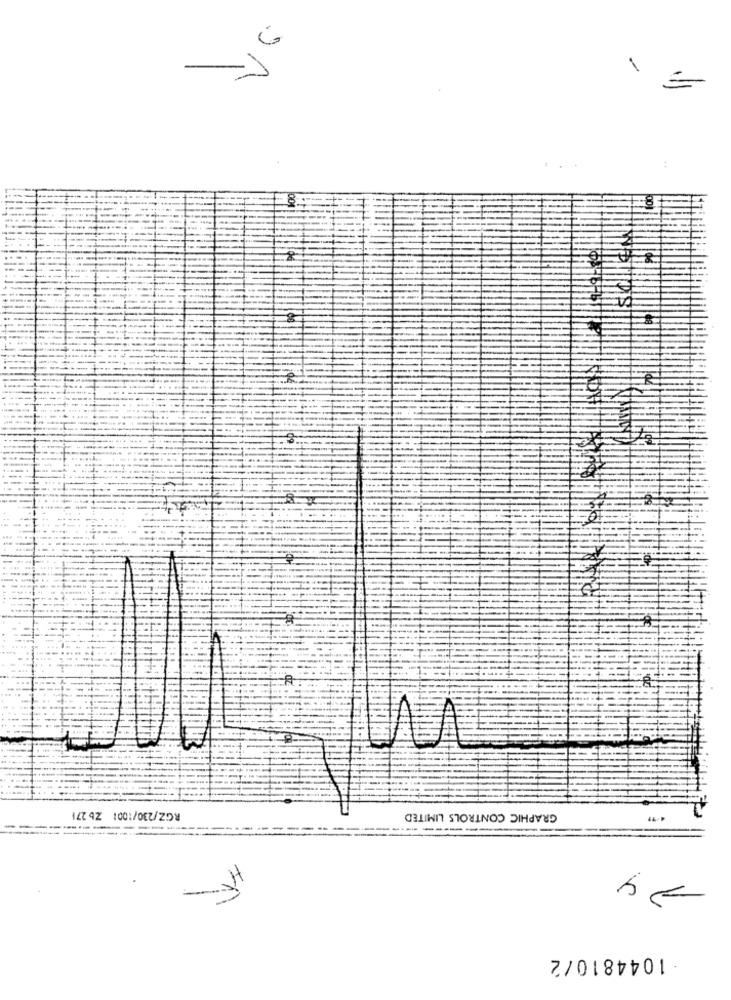
1
:
RGZ/230/1001 Zb 271
GRAPHIC CONTROLS LIMITED
--
---
---
1044810/2